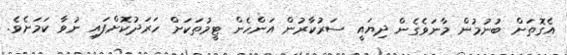
އެގޮތަށް ބުނުމުން މާނަވެގެން ދިޔައީ ސަރުކާރުން އަންހެން ޓީމުތަކަށް ހަރަދުކޮށްފައި ނުވާ ކަމަށެވެ.